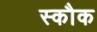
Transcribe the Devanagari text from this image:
स्कौक